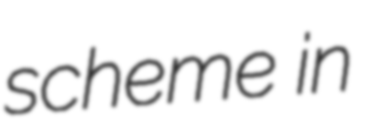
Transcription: scheme in